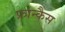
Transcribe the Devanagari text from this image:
फ्रान्कैस